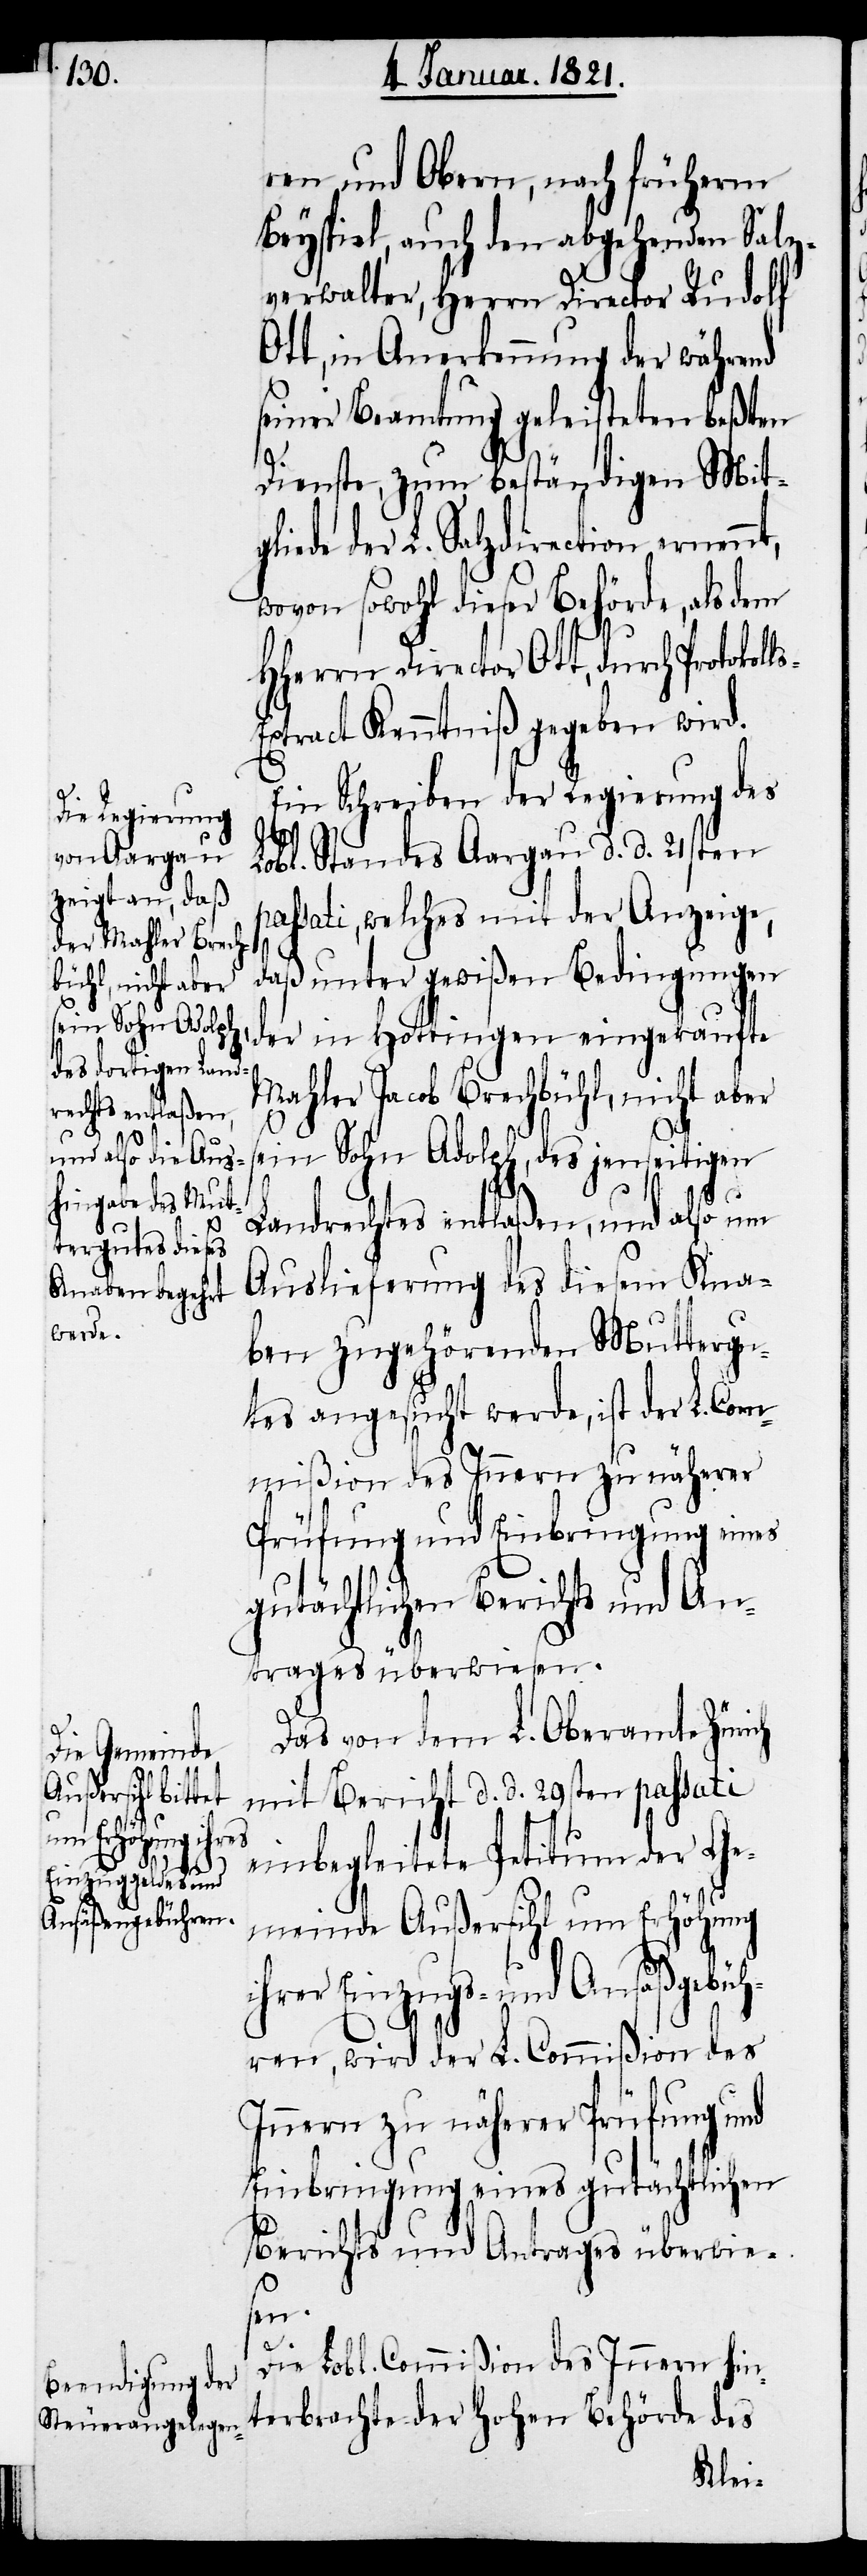
ren und Obern, nach früherm
Beyspiel, auch den abgehenden Salz¬
verwalter, Herrn Director Rudolf
Ott, in Anerkennung der während
seiner Beamtung geleisteten beßten
Dienste, zum beständigen Mitg¬
liede der L. Salzdirection ernennt,
wovon sowohl dieser Behörde, als dem
HHerrn Director Ott,
xtract Kenntniß gegeben wird.
Ein Schreiben der Regierung des
Lobl. Standes Aargau d. d. 21sten
passati, welches mit der Anzeige,
daß unter gewißen Bedingungen
Mahler Jacob Brechbühl, nicht aber
sein Sohn Adolph, des jenseitigen
Landrechtes entlaßen, und also um
Auslieferung des diesem Kna¬
ben zugehörenden Muttergu¬
tes angesucht werde, ist der L. Com¬
mißion des Innern zur näherer
Prüfung und Einbringung eines
gutächtlichen Berichts und An¬
trages überwiesen.
Das von dem L. Oberamte Zürich
Protokolls-E¬
mit Bericht d. d. 29sten passati
in Hottingen
einbegleitete Petitum der Ge¬
meinde Außersihl um Erhöhung
ihrer Einzugs- und Ansäßgebüh¬
ren, wird der L. Commißion des
Innern zu näherer Prüfung und
Einbringung eines gutächtlichen
Berichts und Antrages überwie¬
sen.
Die Lobl. Commißion des Innern hin¬
terbrachte der hohen Behörde des